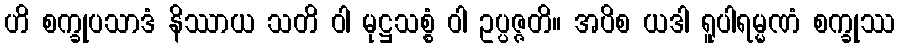
ဟိ စက္ခုပသာဒံ နိဿာယ သတိ ဝါ မုဋ္ဌသစ္စံ ဝါ ဥပ္ပဇ္ဇတိ။ အပိစ ယဒါ ရူပါရမ္မဏံ စက္ခုဿ